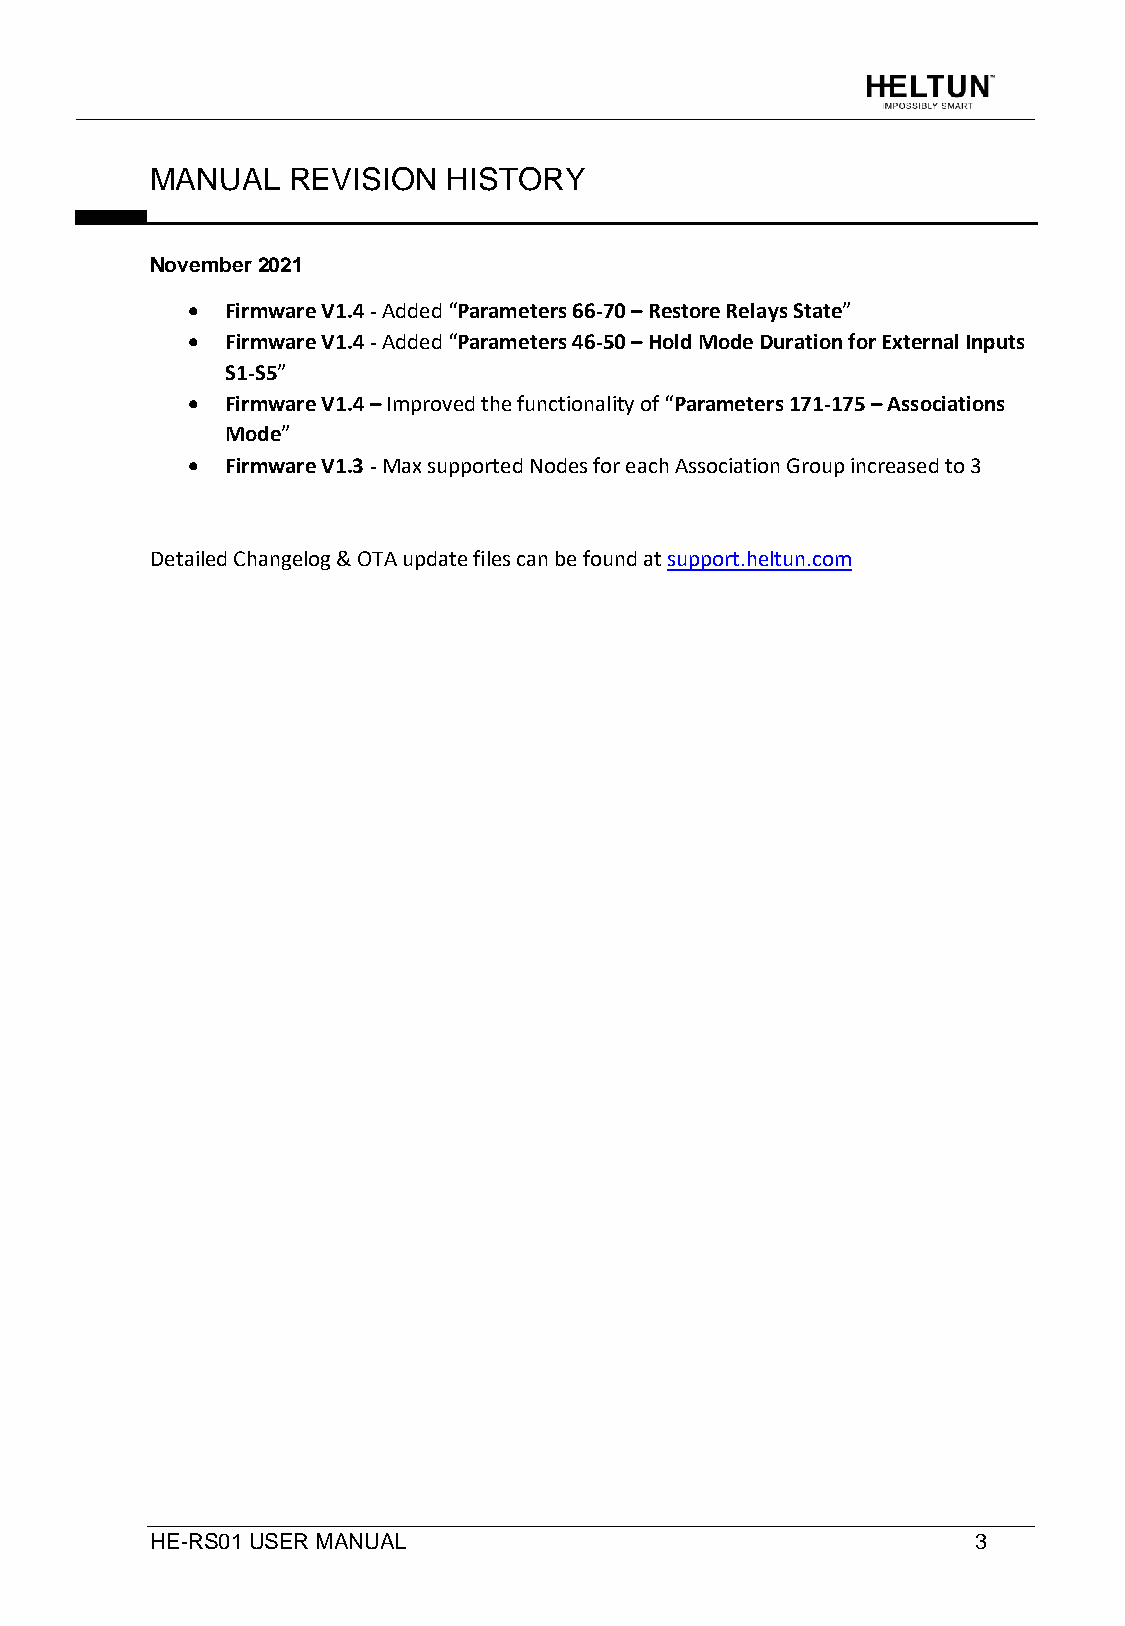
MANUAL   REVISION   HISTORY
 November 2021
 •  Firmware V1.4 - Added “Parameters 66-70 – Restore Relays State”
 •  Firmware V1.4 - Added “Parameters 46-50 – Hold Mode Duration for External Inputs
 S1-S5”
 •  Firmware V1.4 – Improved the functionality of “Parameters 171-175 – Associations
 Mode”
 •  Firmware V1.3 - Max supported Nodes for each Association Group increased to 3
 Detailed Changelog & OTA update files can be found at support.heltun.com
 HE-RS01 USER MANUAL                                    3